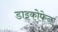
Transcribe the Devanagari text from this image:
डाइकोफेन